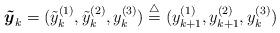
LaTeX: \begin{align*}\mbox{\boldmath $\tilde y$}_k=(\tilde y_k^{(1)},\tilde y_k^{(2)},y_k^{(3)})\stackrel{\triangle}{=}(y_{k+1}^{(1)},y_{k+1}^{(2)},y_k^{(3)})\end{align*}